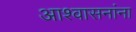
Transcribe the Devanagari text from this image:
आश्वासनांना